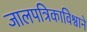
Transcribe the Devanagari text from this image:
जालपत्रिकाविश्वाने